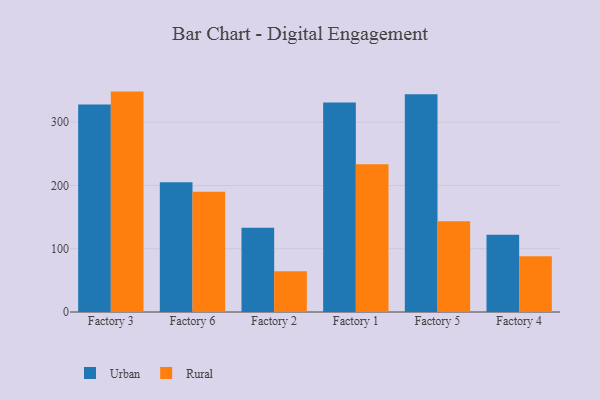
{"axis": {"x": "Factory", "y": "Production Output"}, "legend": ["Rural", "Urban"], "data": [{"x": "Factory 3", "y": 328.2, "type": "Urban"}, {"x": "Factory 3", "y": 348.4, "type": "Rural"}, {"x": "Factory 6", "y": 205.0, "type": "Urban"}, {"x": "Factory 6", "y": 190.2, "type": "Rural"}, {"x": "Factory 2", "y": 133.3, "type": "Urban"}, {"x": "Factory 2", "y": 64.4, "type": "Rural"}, {"x": "Factory 1", "y": 331.1, "type": "Urban"}, {"x": "Factory 1", "y": 233.6, "type": "Rural"}, {"x": "Factory 5", "y": 344.2, "type": "Urban"}, {"x": "Factory 5", "y": 143.5, "type": "Rural"}, {"x": "Factory 4", "y": 122.2, "type": "Urban"}, {"x": "Factory 4", "y": 88.2, "type": "Rural"}]}